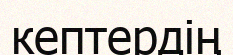
кептердің